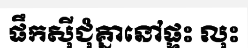
ផឹកស៊ីជុំគ្នានៅផ្ទះ លុះ